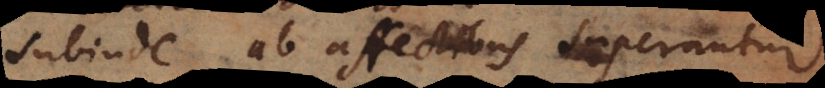
subinde ab affectibus superantur